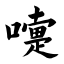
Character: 嚏